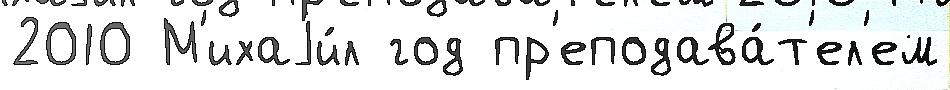
2010 М'ихаjи́л год пр'еподава́т'ел'ем